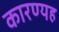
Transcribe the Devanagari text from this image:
कारण्यह